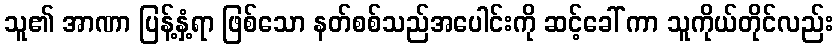
သူ၏ အာဏာ ပြန့်နှံ့ရာ ဖြစ်သော နတ်စစ်သည်အပေါင်းကို ဆင့်ခေါ် ကာ သူကိုယ်တိုင်လည်း